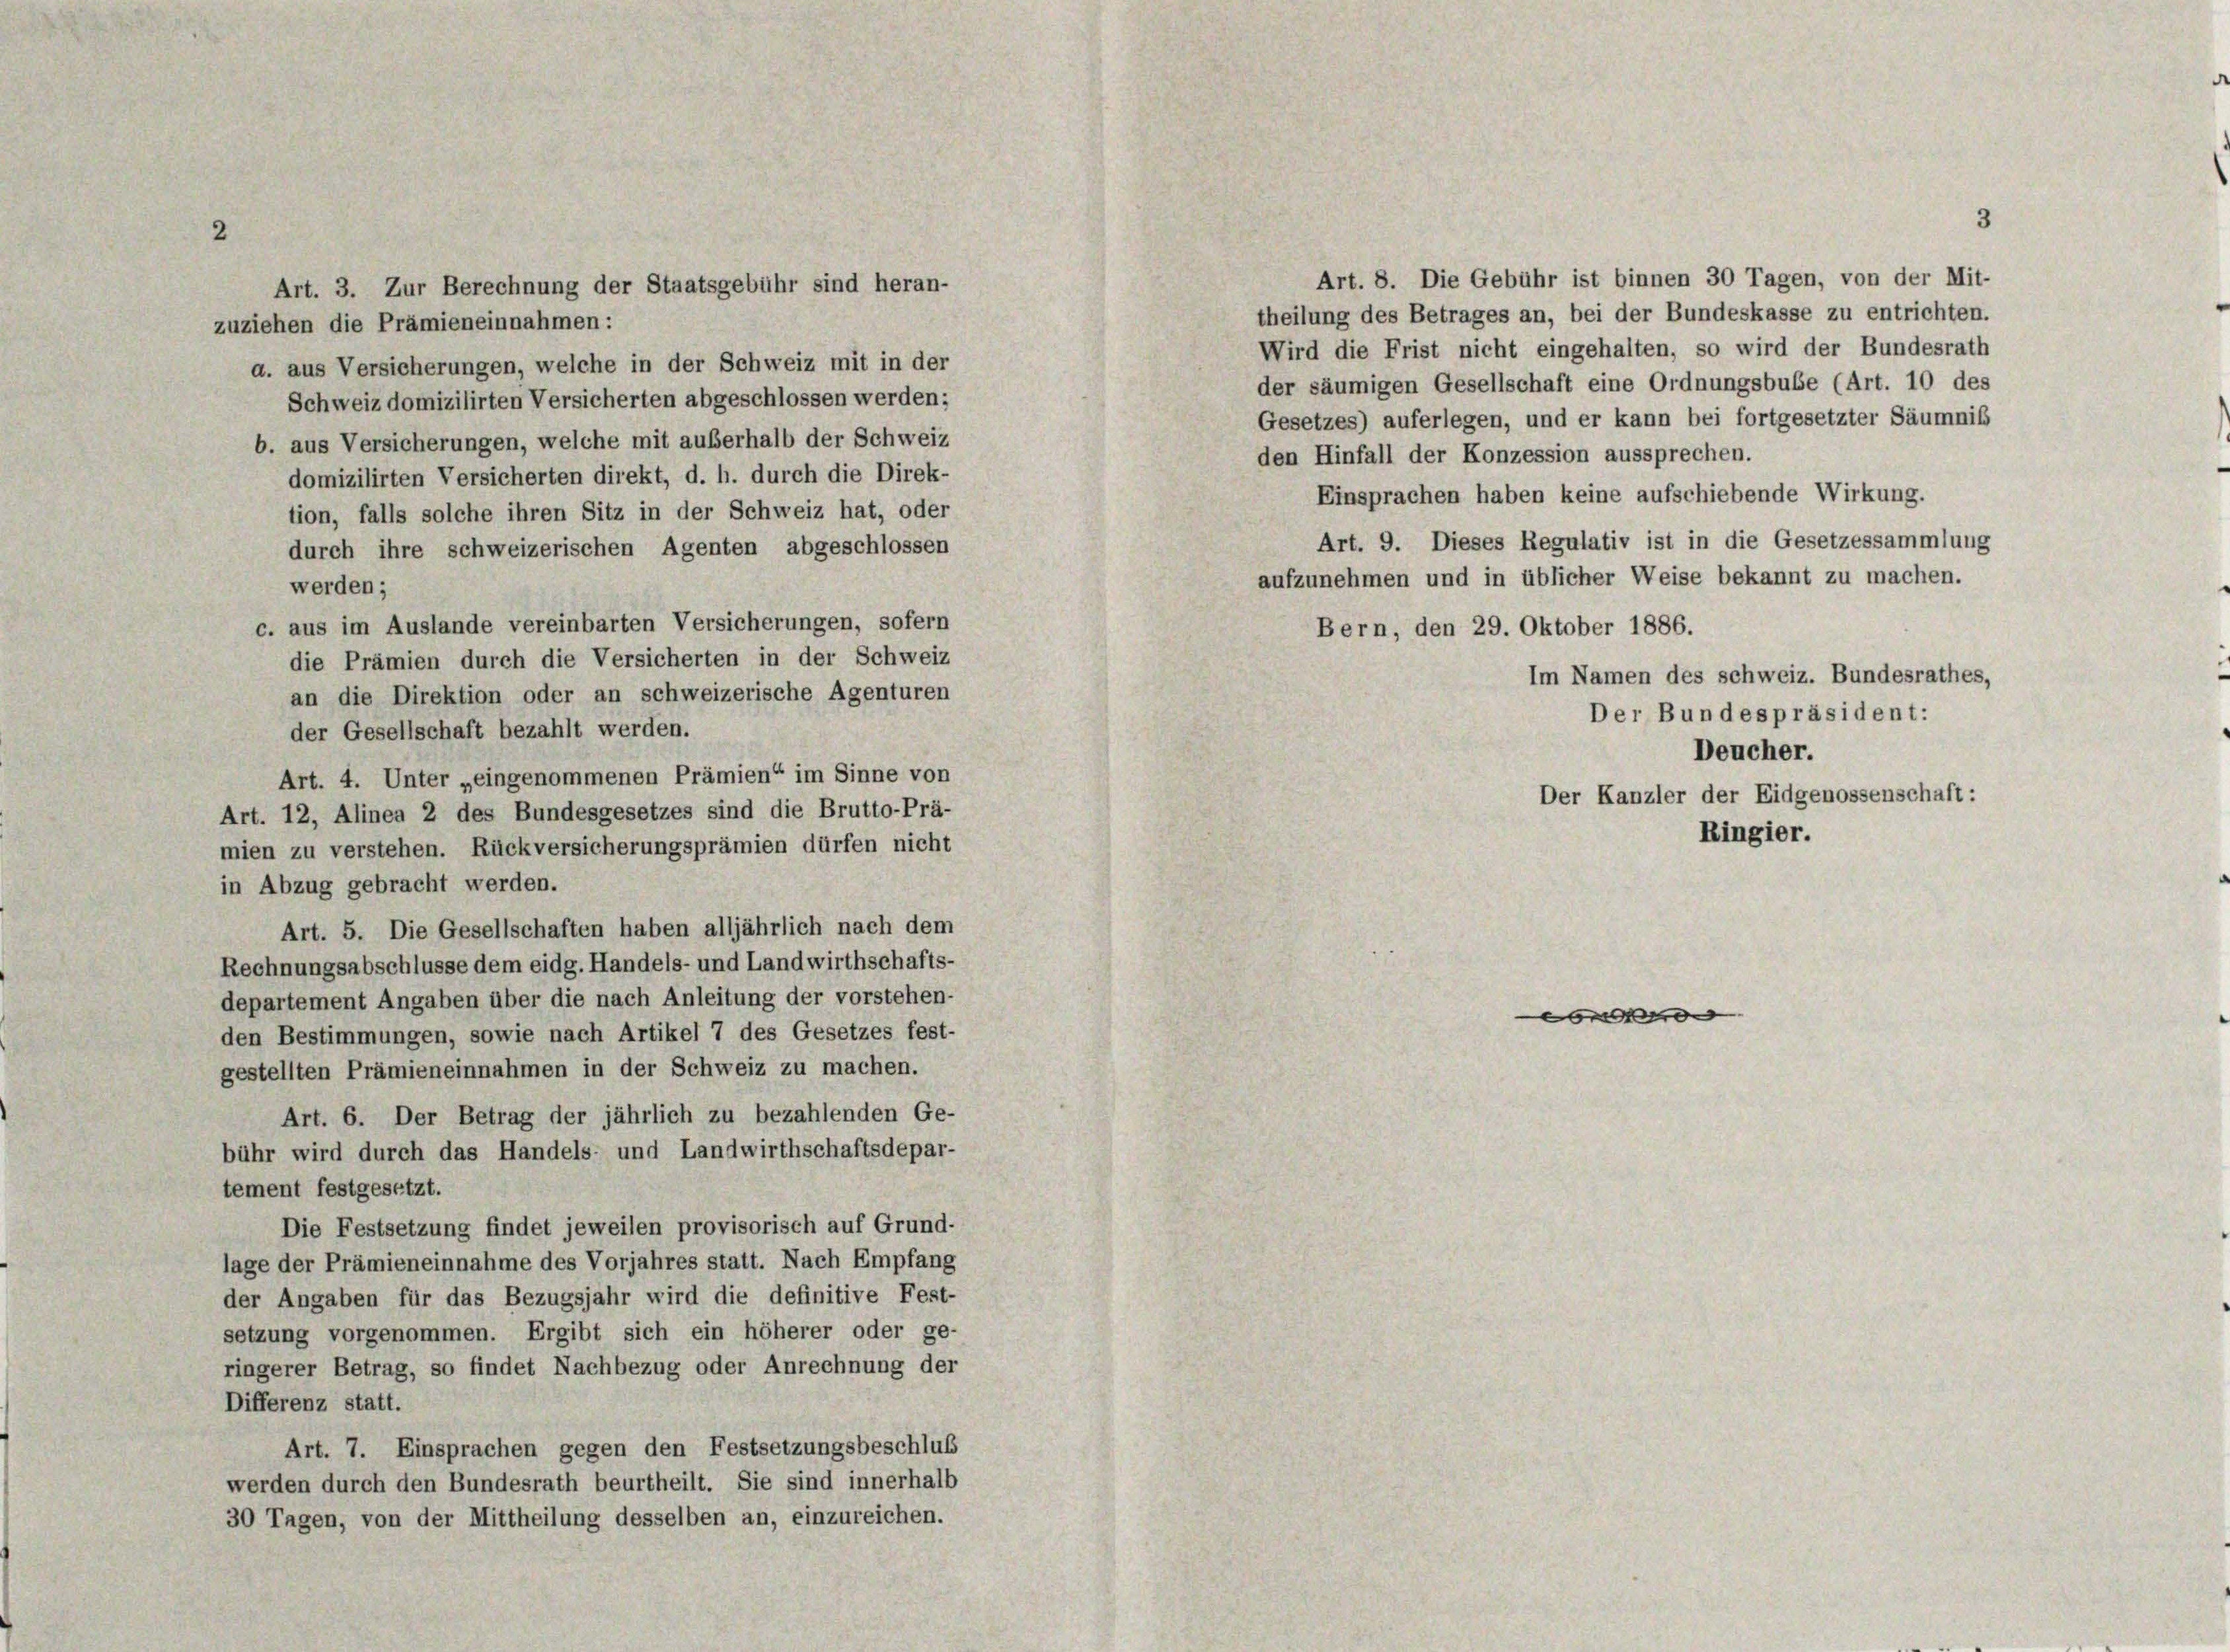
3
2
Art. 8. Die Gebühr ist binnen 30 Tagen, von der Mit-
theilung des Betrages an, bei der Bundeskasse zu entrichten.
zuziehen die Prämieneinnahmen:
Wird die Frist nicht eingehalten, so wird der Bundesrath
d. aus Versicherungen, welche in der Schweiz mit in der
der säumigen Gesellschaft eine Ordnungsbube (Art. 10 des
Schweiz domizilirten Versicherten abgeschlossen werden;
Gesetzes) auferlegen, und er kann bei fortgesetzter Säumniß
b. aus Versicherungen, welche mit außerhalb der Schweiz
den Hinfall der Konzession aussprechen.
domizilirten Versicherten direkt, d. h. durch die Direk-
Einsprachen haben keine aufschiebende Wirkung.
tion, falls solche ihren Sitz in der Schweiz hat, oder
Art. 9. Dieses Regulativ ist in die Gesetzessammlung
durch ihre schweizerischen Agenten abgeschlossen
aufzunehmen und in üblicher Weise bekannt zu machen.
werden;
c. aus im Auslande vereinbarten Versicherungen, sofern
Bern, den 29. Oktober 1886.
die Prämien durch die Versicherten in der Schweiz
an die Direktion oder an schweizerische Agenturen
der Gesellschaft bezahlt werden.
Art. 4. Unter „eingenommenen Prämien“ im Sinne von
Art. 12, Alinea 2 des Bundesgesetzes sind die Brutto-Prä-
mien zu verstehen. Rückversicherungsprämien dürfen nicht
in Abzug gebracht werden.
Art. 5. Die Gesellschaften haben alljährlich nach dem
Rechnungsabschlüsse dem eidg. Handels- und Landwirthschafts-
departement Angaben über die nach Anleitung der vorstehen-
n
den Bestimmungen, sowie nach Artikel 7 des Gesetzes fest-
gestellten Prämieneinnahmen in der Schweiz zu machen.
Art. 6. Der Betrag der jährlich zu bezahlenden Ge-
bühr wird durch das Handels- und Landwirthschaftsdepar-
tement festgesetzt.
Die Festsetzung findet jeweilen provisorisch auf Grund-
lage der Prämieneinnahme des Vorjahres statt. Nach Empfang
der Angaben für das Bezugsjahr wird die definitive Fest-
setzung vorgenommen. Ergibt sich ein höherer oder ge-
ringerer Betrag, so findet Nachbezug oder Anrechnung der
Differenz statt.
Art. 7. Einsprachen gegen den Festsetzungsbeschluß
werden durch den Bundesrath beurtheilt. Sie sind innerhalb
30 Tagen, von der Mittheilung desselben an, einzureichen.

Art. 3. Zur Berechnung der Staatsgebühr sind heran-

Im Namen des schweiz. Bundesrathes,
Der Bundespräsident:
Deucher.
Der Kanzler der Eidgenossenschaft:
Ringier.